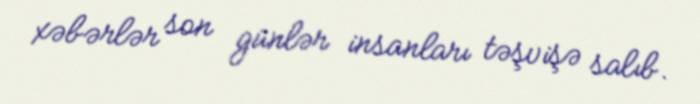
xəbərlər son günlər insanları təşvişə salıb.